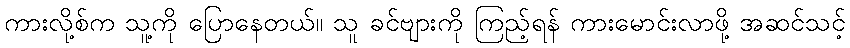
ကားလို့စ်က သူ့ကို ပြောနေတယ်။ သူ ခင်ဗျားကို ကြည့်ရန် ကားမောင်းလာဖို့ အဆင်သင့်